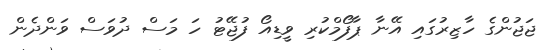
ޖަޖުންގެ ހާޒިރުގައި އޭނާ ޕާފޯމްކުރި ވީޑިއޯ ފުޖޭޓު ހަ މަސް ދުވަސް ވަންދެން